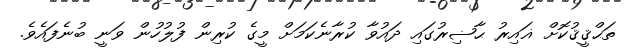
ތަޙްޤީޤުކޮށް ޣައިރު ޙާޟިރުގައި ދައުވާ ކުރާނެކަމަށް މީގެ ކުރިން ފުލުހުން ވަނީ ބުނެފައެވެ.